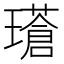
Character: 𪼧